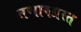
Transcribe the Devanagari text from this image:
तणावग्रस्त